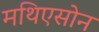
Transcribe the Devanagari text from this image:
मथिएसोन